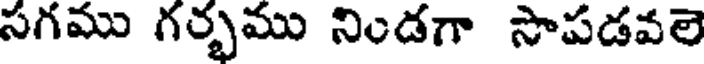
సగము గర్భము నిండగా సొపడవలె